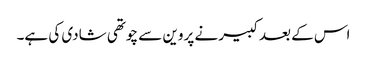
اس کے بعد کبیر نے پروین سے چوتھی شادی کی ہے۔